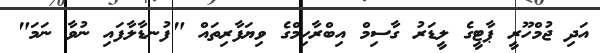
އަދި ޖުމްހޫރީ ޕާޓީގެ ލީޑަރު ގާސިމް އިބްރާހިމްގެ ވިޔަފާރިތައް "ފުނޑާލާފައި ނުވާ ނަމަ"